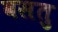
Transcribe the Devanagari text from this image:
वसतु